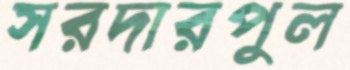
সরদারপুল